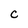
Character: C